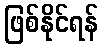
ဖြစ်နိုင်ရန်